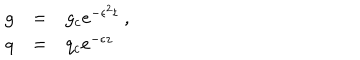
\begin{array} { r c l } { { g } } & { { = } } & { { g _ { c } e ^ { - \epsilon ^ { 2 } t } \ , } } \\ { { q } } & { { = } } & { { q _ { c } e ^ { - \epsilon z } \ } } \\ \end{array}